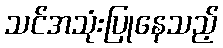
သင်အသုံးပြုနေသည့်